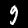
Label: 9